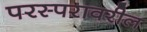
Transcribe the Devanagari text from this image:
परस्परावरील